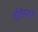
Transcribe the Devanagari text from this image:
इलियटने